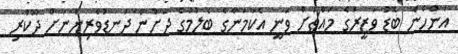
އަންހެން ބޮޑު ވަޒީރުގެ މައްޗަށް ވަނީ އެކަމަނާގެ ބެލުމުގެ ދަށުން ދަނޑުވެރިންނަށް ދޫކުރި